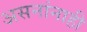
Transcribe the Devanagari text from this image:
असनांनाही